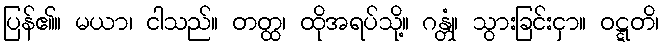
ပြန်၏။ မယာ၊ ငါသည်။ တတ္ထ၊ ထိုအရပ်သို့။ ဂန္တုံ၊ သွားခြင်းငှာ။ ဝဋ္ဋတိ၊